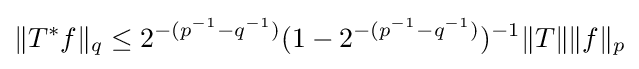
\|T^{*}f\|_{q}\leq 2^{-(p^{-1}-q^{-1})}(1-2^{-(p^{-1}-q^{-1})})^{-1}\|T\|\|f\|_{p}